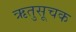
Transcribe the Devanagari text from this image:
ऋतुसूचक